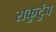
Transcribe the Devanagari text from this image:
सकुटुंब